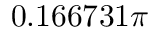
0 . 1 6 6 7 3 1 \pi